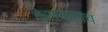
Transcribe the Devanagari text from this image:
केशवालाच